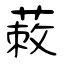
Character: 蓛